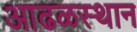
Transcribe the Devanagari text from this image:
आढळस्थान